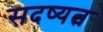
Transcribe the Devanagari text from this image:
सदष्यत्व